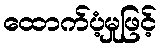
ထောက်ပံ့မှုဖြင့်